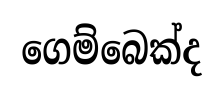
ගෙම්බෙක්ද